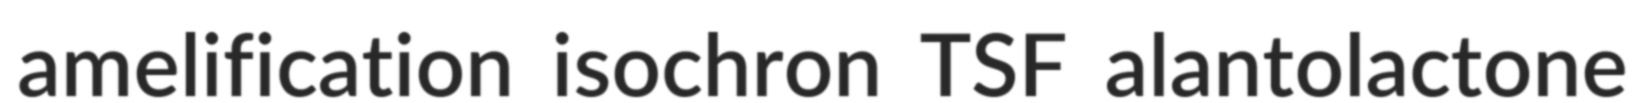
amelification isochron TSF alantolactone